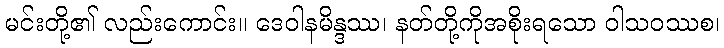
မင်းတို့၏ လည်းကောင်း။ ဒေဝါနမိန္ဒဿ၊ နတ်တို့ကိုအစိုးရသော ဝါသဝဿစ၊